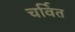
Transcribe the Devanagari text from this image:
चर्वित